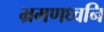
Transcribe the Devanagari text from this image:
भ्रमणध्वनि